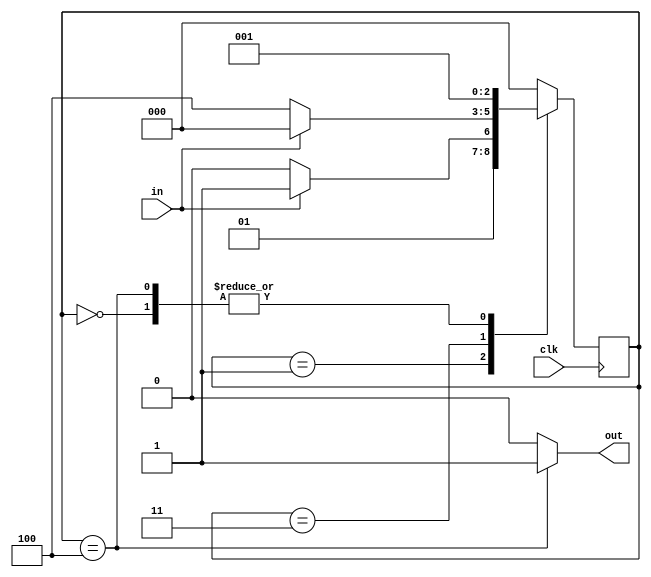
//High Level verilog HDL Implementation
module highlvl(input in, input clk, output out);
  
  //States
  parameter s0 = 3'b000,
  			s1 = 3'b001,
  			s2 = 3'b010,
  			s3 = 3'b011,
  			s4 = 3'b100;
  
  reg [2:0] state = 3'b000; 
  reg z;
  
  
  always @ (state)
  begin
    if (state == s4)
      z = 1'b1;
    else
      z = 1'b0;
  end
  
  
  
  always @ (posedge clk) 
  begin
    case(state)
      s0: state = s1;
      s1: begin
        if(in == 1'b1) state = s3;
        else state = s2;
      end
      s3: begin
        if(in== 1'b0) state = s4;
        else state = s0;
      end
      s2: state = s0;
      s4: state = s1;
      default: state=s0;
    endcase
  end
  assign out = z;
endmodule